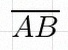
\overline{AB}